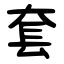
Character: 套